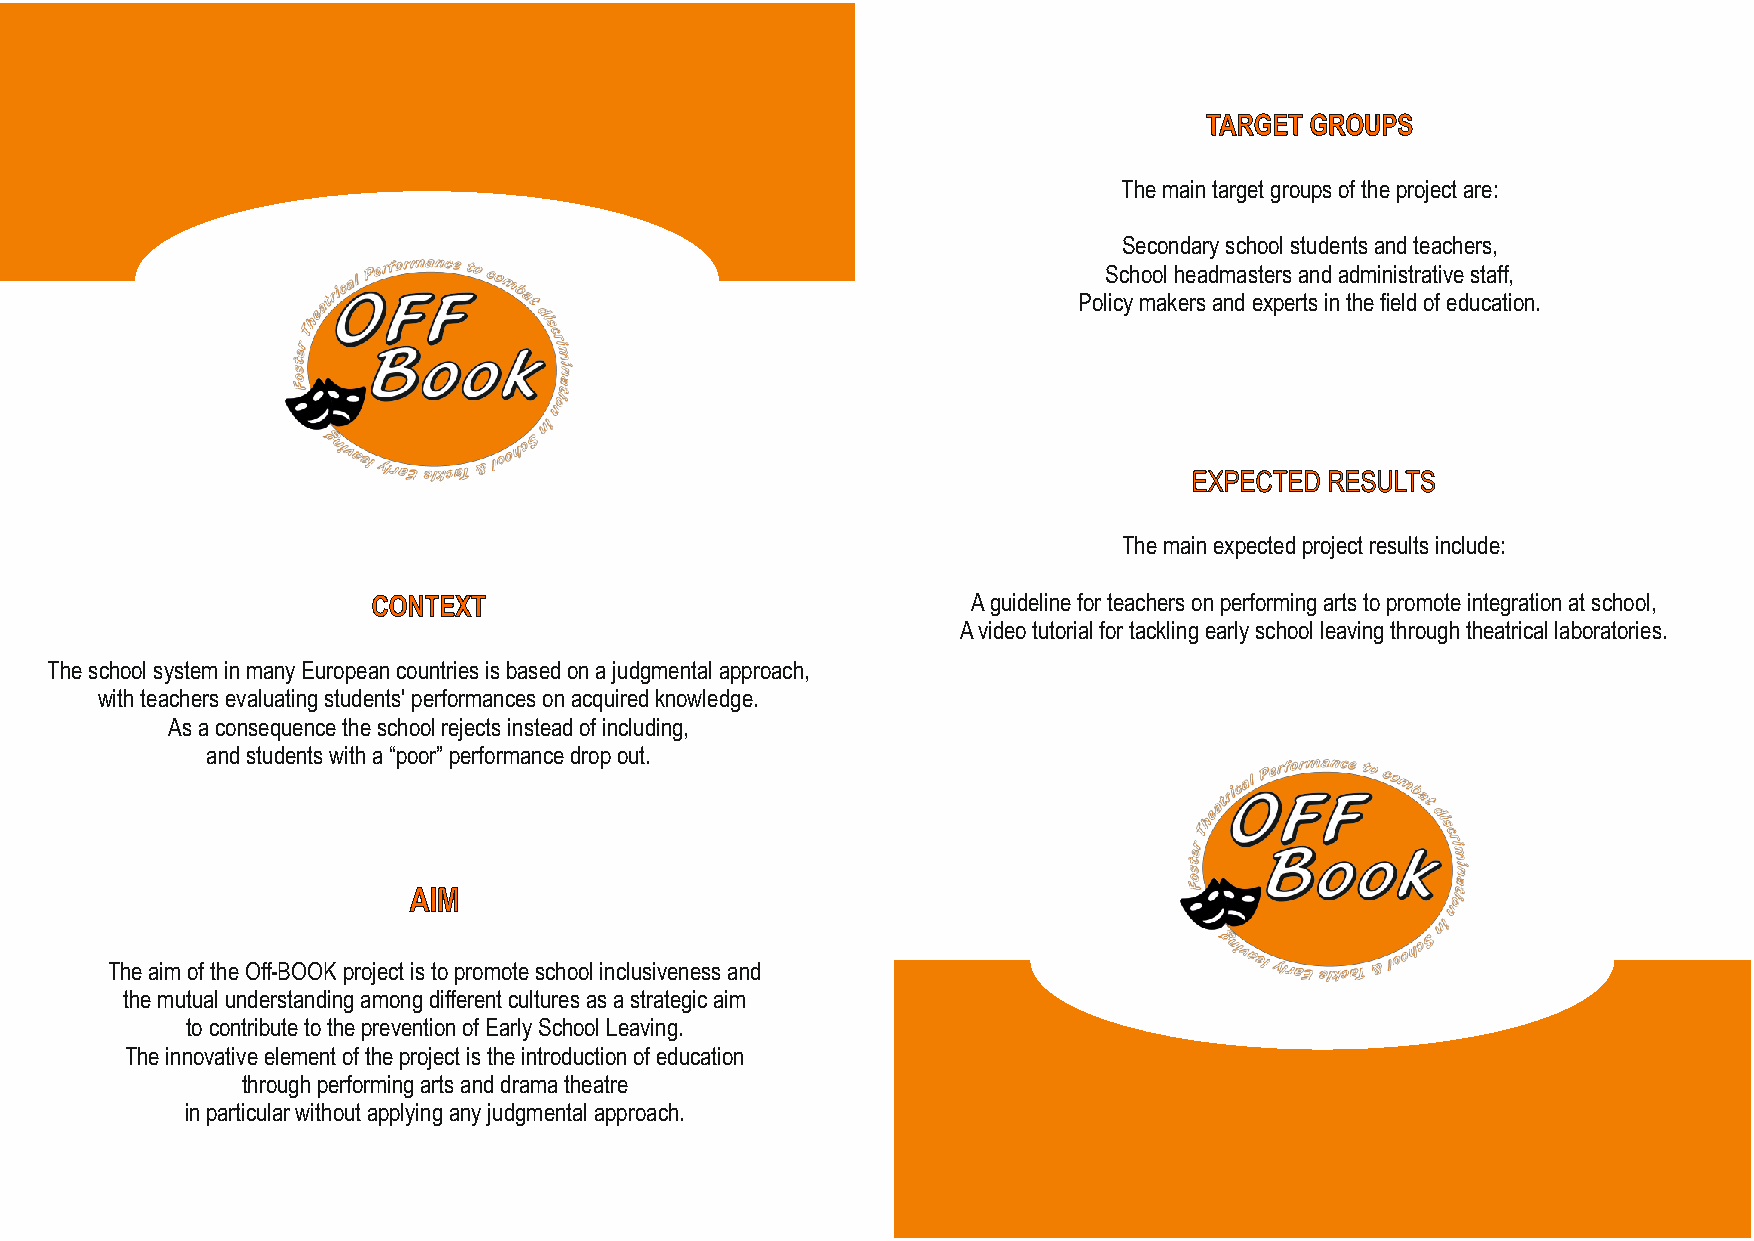
TARGET GROUPS
 The main target groups of the project are:
 Secondary school students and teachers,
 School headmasters and administrative staff,
 Policy makers and experts in the field of education.
 EXPECTED RESULTS
 The main expected project results include:
 CONTEXT                                A guideline for teachers on performing arts to promote integration at school,
 A video tutorial for tackling early school leaving through theatrical laboratories.
 The school system in many European countries is based on a judgmental approach,
 with teachers evaluating students' performances on acquired knowledge.
 As a consequence the school rejects instead of including,
 and students with a “poor” performance drop out.
 AIM
 The aim of the Off-BOOK project is to promote school inclusiveness and
 the mutual understanding among different cultures as a strategic aim
 to contribute to the prevention of Early School Leaving.
 The innovative element of the project is the introduction of education
 through performing arts and drama theatre
 in particular without applying any judgmental approach.